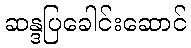
ဆန္ဒပြခေါင်းဆောင်